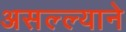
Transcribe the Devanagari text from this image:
असल्ल्याने